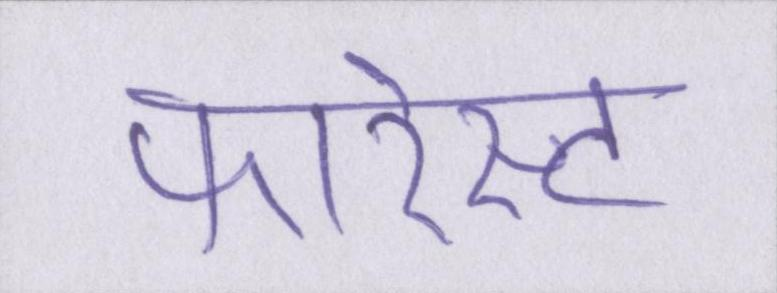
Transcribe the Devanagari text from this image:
फारेस्ट